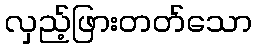
လှည့်ဖြားတတ်သော